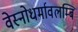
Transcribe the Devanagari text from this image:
वेस्नोधर्मावलम्बि